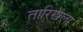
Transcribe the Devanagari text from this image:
तारिखला